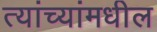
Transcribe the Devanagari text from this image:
त्यांच्यांमधील